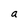
Character: a